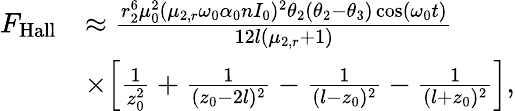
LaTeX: \begin{array}{rl}{F_{\mathrm{Hall}}}&{\approx\frac{r_{2}^{6}\mu_{0}^{2}(\mu_{2,r}\omega_{0}\alpha_{0}nI_{0})^{2}\theta_{2}(\theta_{2}-\theta_{3})\cos(\omega_{0}t)}{12l(\mu_{2,r}+1)}}\\ &{\times\Big[\frac{1}{z_{0}^{2}}+\frac{1}{(z_{0}-2l)^{2}}-\frac{1}{(l-z_{0})^{2}}-\frac{1}{(l+z_{0})^{2}}\Big],}\end{array}